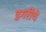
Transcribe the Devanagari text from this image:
डगरींचे